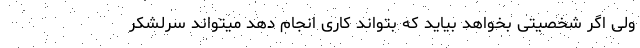
ولی اگر شخصیتی بخواهد بیاید که بتواند کاری انجام دهد میتواند سرلشکر